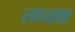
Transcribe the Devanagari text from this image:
लघ्वक्ष